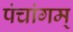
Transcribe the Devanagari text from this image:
पंचांगम्